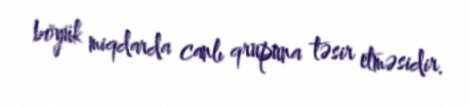
böyük miqdarda canlı qrupuna təsir etməsidir.